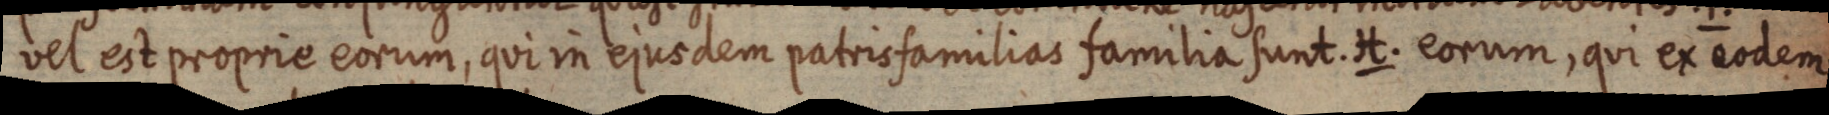
vel est proprie eorum, qui in ejusdem patris familias familia sunt. H. eorum, qui ex eodem